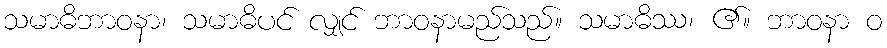
သမာဓိဘာဝနာ၊ သမာဓိပင် လျှင် ဘာဝနာမည်သည်။ သမာဓိဿ၊ ၏။ ဘာဝနာ ဝ